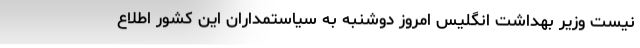
نیست وزیر بهداشت انگلیس امروز دوشنبه به سیاستمداران این کشور اطلاع